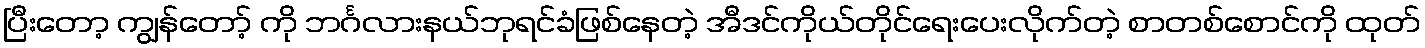
ပြီးတော့ ကျွန်တော့် ကို ဘင်္ဂလားနယ်ဘုရင်ခံဖြစ်နေတဲ့ အီဒင်ကိုယ်တိုင်ရေးပေးလိုက်တဲ့ စာတစ်စောင်ကို ထုတ်